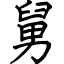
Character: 舅